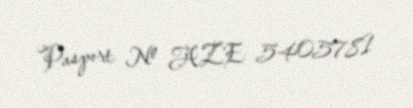
Pasport № AZE 5405781